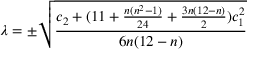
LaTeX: \lambda = \pm \sqrt { \frac { c _ { 2 } + ( 1 1 + \frac { n ( n ^ { 2 } - 1 ) } { 2 4 } + \frac { 3 n ( 1 2 - n ) } { 2 } ) c _ { 1 } ^ { 2 } } { 6 n ( 1 2 - n ) } }